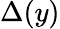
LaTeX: \Delta(y)